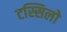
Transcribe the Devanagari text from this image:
टस्सिलो